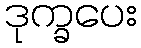
ဒုက္ခပေး